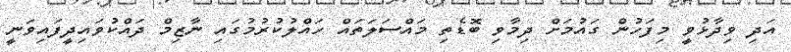
އަދި ވިދާޅުވީ މިފަހުން ގައުމަށް ދިމާވި ބޮޑެތި މައްސަލަތައް ހައްލުކުރުމުގައި ނާޒިމް ދައްކުވައިދީފައިވަނީ